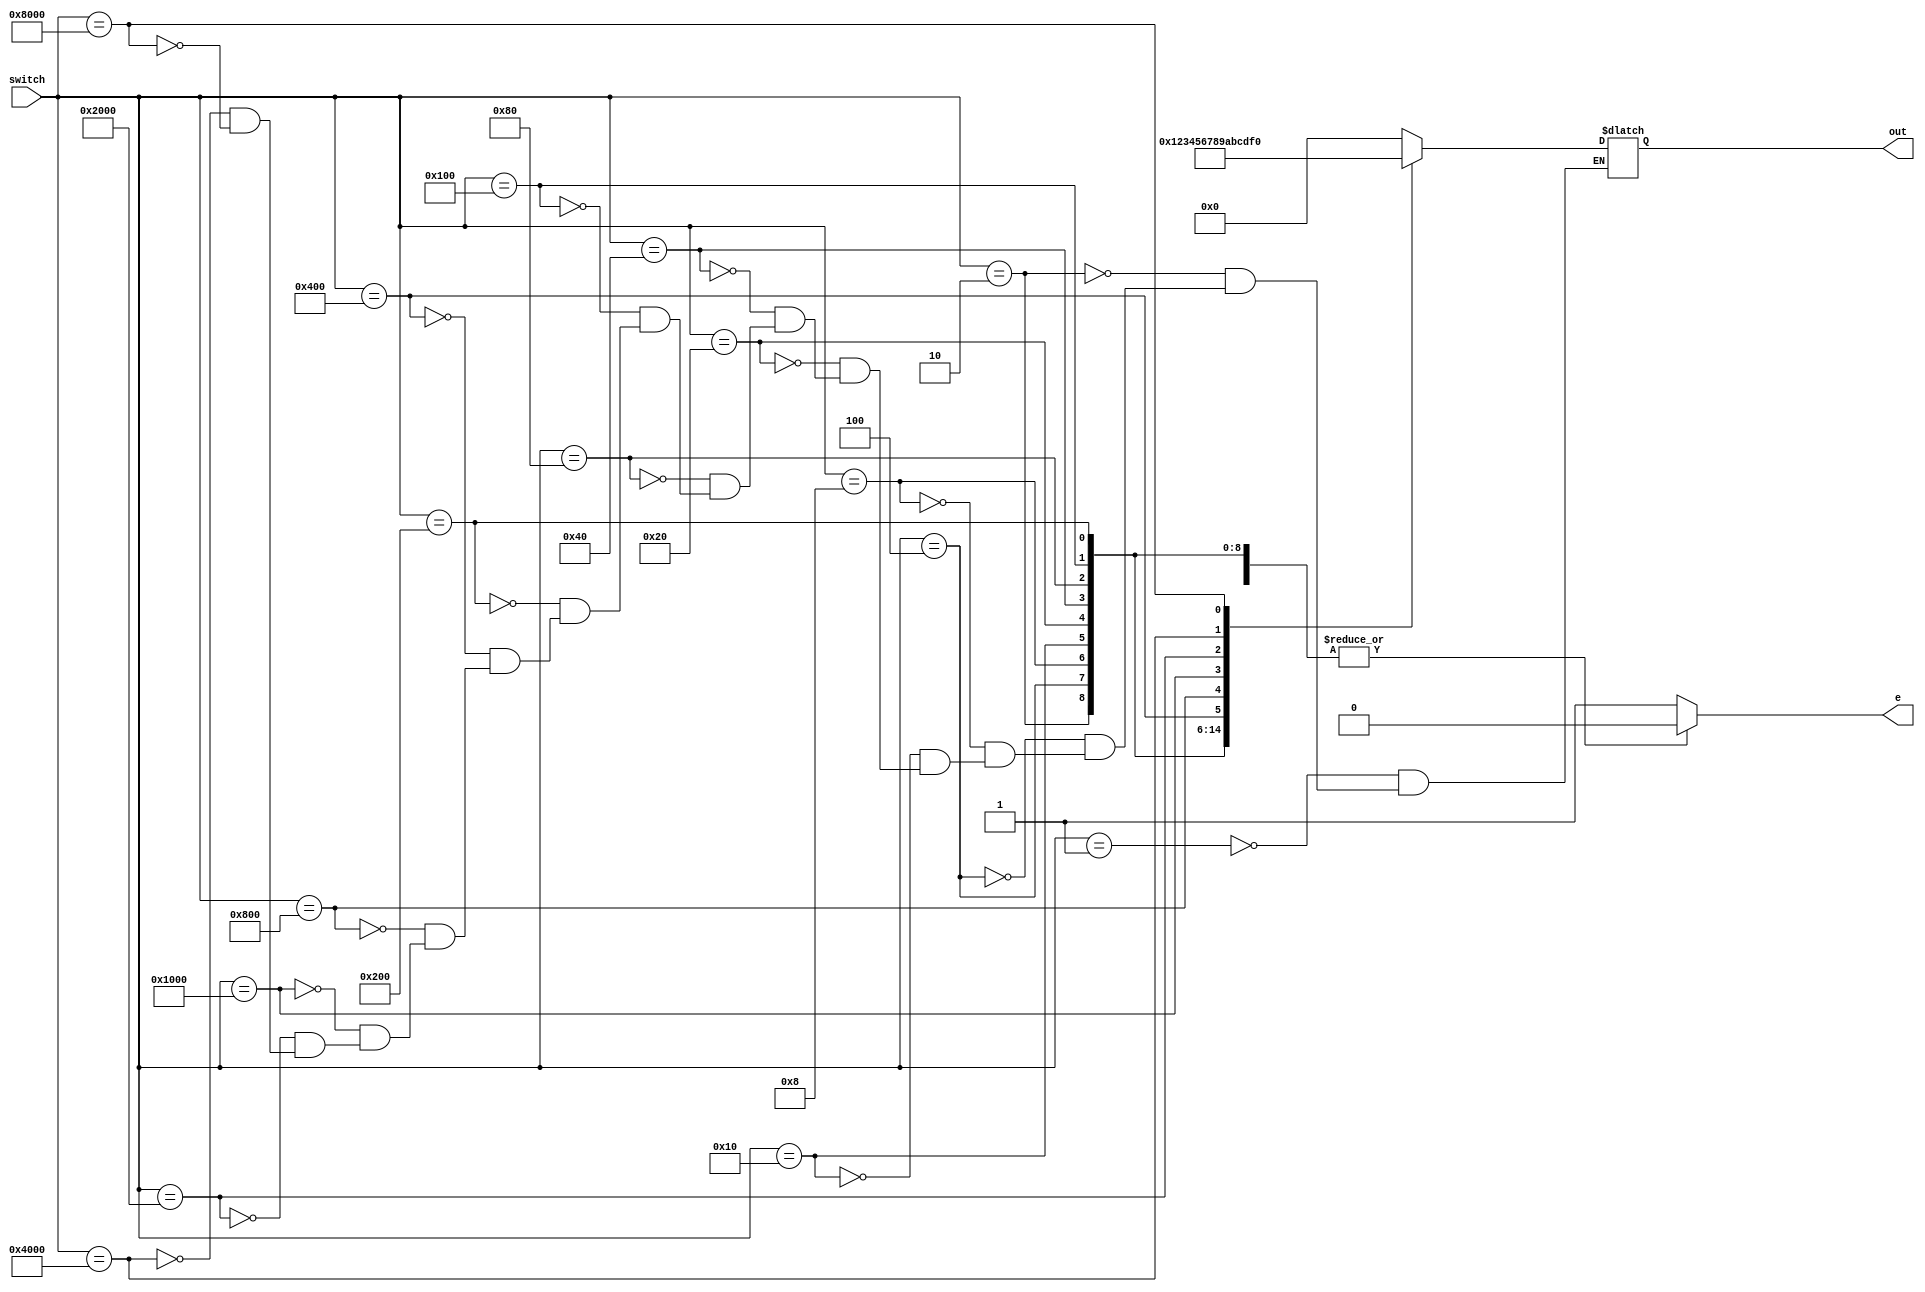
module switch_decode (
	input [15:0] switch, 
	output reg[3:0] out, 
	output reg e);

	always @(switch) begin
		e = 0;		
		case(switch)
			16'b0000000000000001: out = 4'b0000;
			16'b0000000000000010: out = 4'b0001;
			16'b0000000000000100: out = 4'b0010;
			16'b0000000000001000: out = 4'b0011;
			16'b0000000000010000: out = 4'b0100;
			16'b0000000000100000: out = 4'b0101;
			16'b0000000001000000: out = 4'b0110;
			16'b0000000010000000: out = 4'b0111;
			16'b0000000100000000: out = 4'b1000;
			16'b0000001000000000: out = 4'b1001;
			16'b0000010000000000: out = 4'b1010;
			16'b0000100000000000: out = 4'b1011;
			16'b0001000000000000: out = 4'b1100;
			16'b0010000000000000: out = 4'b1101;
			16'b0100000000000000: out = 4'b1110;
			16'b1000000000000000: out = 4'b1111;
			default: e = 1;//if an incorrect value entered set error bit
		endcase
	end
endmodule